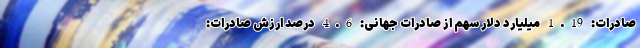
صادرات: 1.19 میلیارد دلار سهم از صادرات جهانی: 4.6 درصد ارزش صادرات: